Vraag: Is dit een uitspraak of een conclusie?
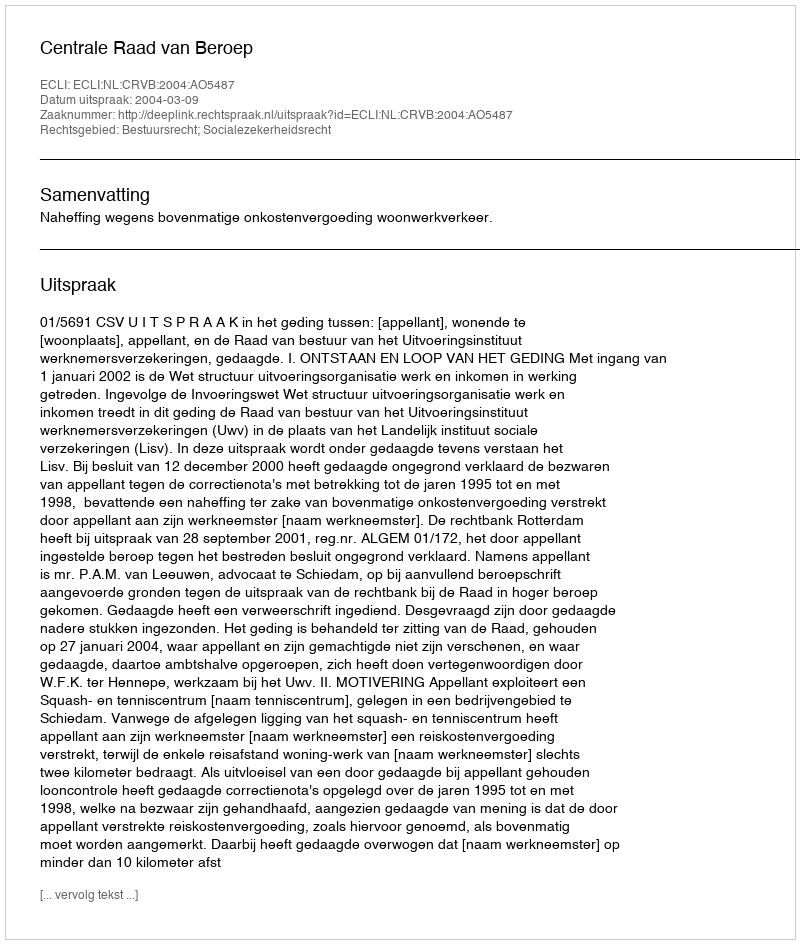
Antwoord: Uitspraak